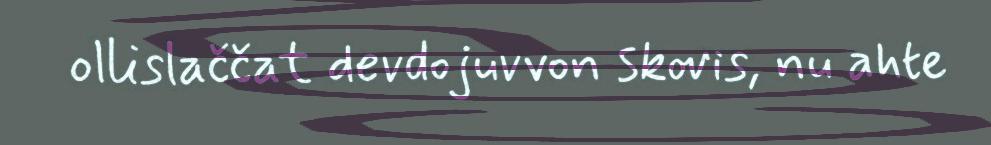
ollislaččat devdojuvvon skovis, nu ahte